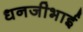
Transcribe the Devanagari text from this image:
धनजीभाई